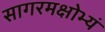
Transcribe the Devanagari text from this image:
सागरमक्षोभ्यं